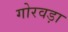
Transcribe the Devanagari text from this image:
गोरवड़ा